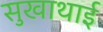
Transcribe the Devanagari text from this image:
सुखाथाई